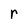
Character: r